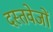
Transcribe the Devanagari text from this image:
दस्तवेजों